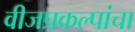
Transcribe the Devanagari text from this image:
वीजप्रकल्पांचा